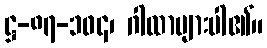
ဋ္ဌ-၈၇-၁၀၄၊ ဂါထာများပါ၏။